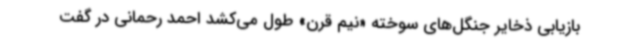
بازیابی ذخایر جنگل‌های سوخته «نیم قرن» طول می‌کشد احمد رحمانی در گفت